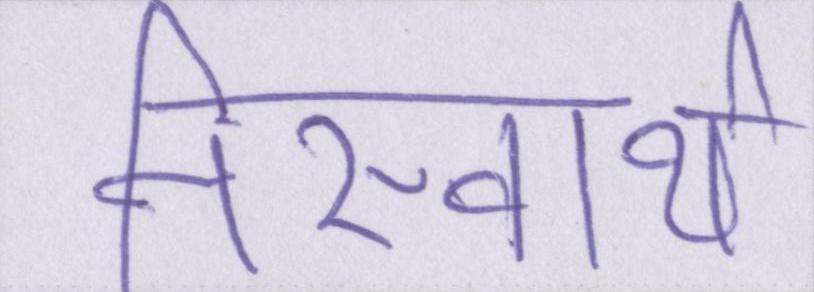
निस्वार्थ